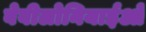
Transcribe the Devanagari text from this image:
बेबीलोनियाईओं